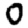
Digit: 0